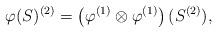
LaTeX: \begin{align*}\varphi(S)^{(2)}=\left(\varphi^{(1)}\otimes \varphi^{(1)}\right)(S^{(2)}),\end{align*}